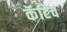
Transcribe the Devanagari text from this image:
कॅटिच